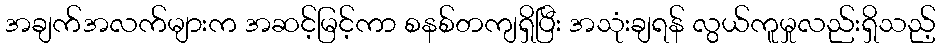
အချက်အလက်များက အဆင့်မြင့်ကာ စနစ်တကျရှိပြီး အသုံးချရန် လွယ်ကူမှုလည်းရှိသည့်